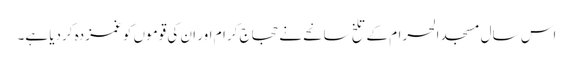
اس سال مسجد الحرام کے تلخ سانحے نے حجاج کرام اور ان کی قوموں کو غمزدہ کردیا ہے۔